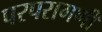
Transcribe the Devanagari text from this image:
परपरागणी